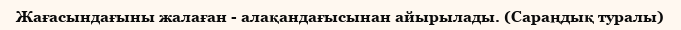
Жағасындағыны жалаған - алақандағысынан айырылады. (Сараңдық туралы)